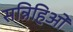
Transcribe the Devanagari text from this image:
सन्निहिओ